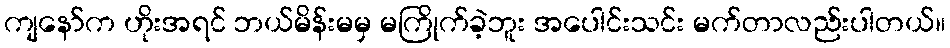
ကျနော်က ဟိုးအရင် ဘယ်မိန်းမမှ မကြိုက်ခဲ့ဘူး အပေါင်းသင်း မက်တာလည်းပါတယ်။